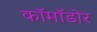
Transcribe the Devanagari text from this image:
कॉमॉडोर